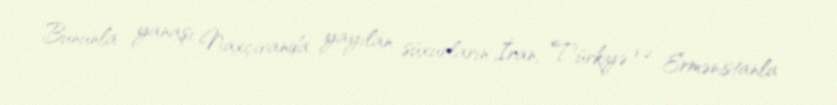
Bununla yanaşı Naxçıvanda yayılan süxurların İran, Türkiyə və Ermənistanla